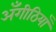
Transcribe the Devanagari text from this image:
अँगीठियाँ